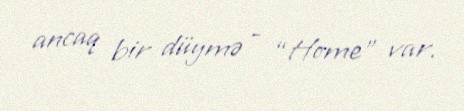
ancaq bir düymə - “Home” var.